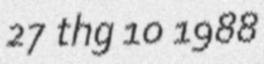
27 thg 10 1988